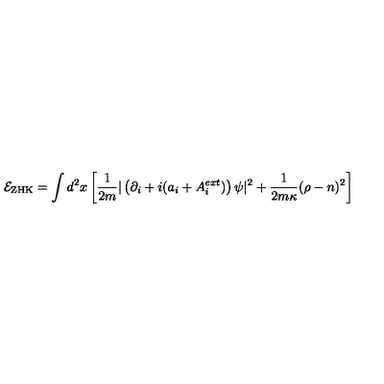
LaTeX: { \cal E } _ { \mathrm { Z H K } } = \int d ^ { 2 } x \left[ \frac { 1 } { 2 m } | \left( \partial _ { i } + i ( a _ { i } + A _ { i } ^ { e x t } ) \right) \psi | ^ { 2 } + { \frac { 1 } { 2 m \kappa } } ( \rho - n ) ^ { 2 } \right]